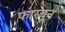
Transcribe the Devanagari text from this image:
फारचून